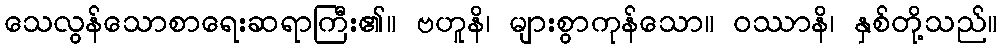
သေလွန်သောစာရေးဆရာကြီး၏။ ဗဟူနိ၊ များစွာကုန်သော။ ဝဿာနိ၊ နှစ်တို့သည်။